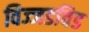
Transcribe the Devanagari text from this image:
विज्जडविड